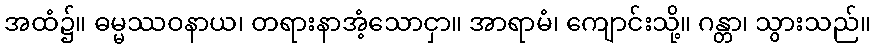
အထံ၌။ ဓမ္မဿဝနာယ၊ တရားနာအံ့သောငှာ။ အာရာမံ၊ ကျောင်းသို့။ ဂန္တာ၊ သွားသည်။